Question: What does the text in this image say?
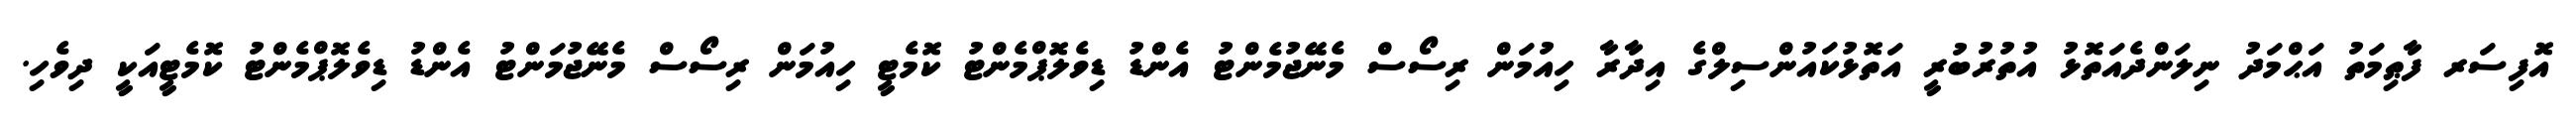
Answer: އޮފިސަރ ފާޠިމަތު އަޙްމަދު ނިލަންދެއަތޮޅު އުތުރުބުރީ އަތޮޅުކައުންސިލްގެ އިދާރާ ހިއުމަން ރިސޯސް މެނޭޖުމެންޓު އެންޑު ޑިވެލޮޕްމެންޓު ކޮމެޓީ ހިއުމަން ރިސޯސް މެނޭޖުމަންޓު އެންޑު ޑިވެލޮޕްމެންޓު ކޮމެޓީއަކީ ދިވެހި.